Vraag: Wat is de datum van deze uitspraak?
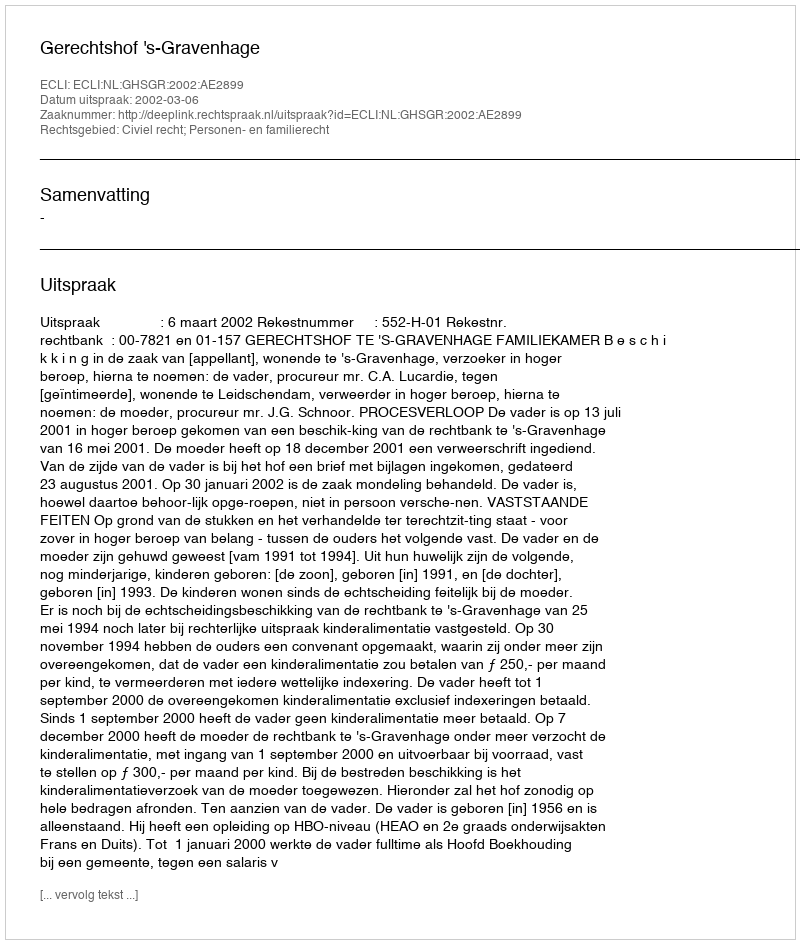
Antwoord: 2002-03-06